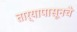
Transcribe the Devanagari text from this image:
तार्‍यापासूनचे